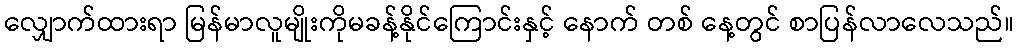
လျှောက်ထားရာ မြန်မာလူမျိုးကိုမခန့်နိုင်ကြောင်းနှင့် နောက် တစ် နေ့တွင် စာပြန်လာလေသည်။